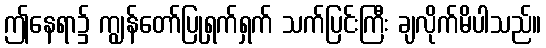
ဤနေရာ၌ ကျွန်တော်ပြုရှက်ရှက် သက်ပြင်းကြီး ချလိုက်မိပါသည်။